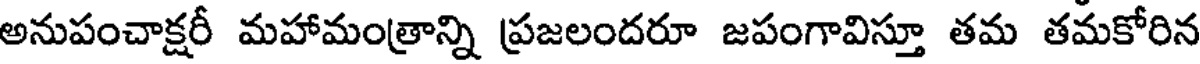
అనుపంచాక్షరీ మహామంత్రాన్ని ప్రజలందరూ జపంగావిస్తూ తమ తమకోరిన